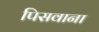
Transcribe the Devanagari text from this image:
पिसवाना